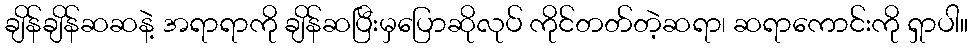
ချိန်ချိန်ဆဆနဲ့ အရာရာကို ချိန်ဆပြီးမှပြောဆိုလုပ် ကိုင်တတ်တဲ့ဆရာ၊ ဆရာကောင်းကို ရှာပါ။